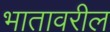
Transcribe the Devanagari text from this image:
भातावरील